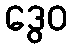
ဒွေဝ